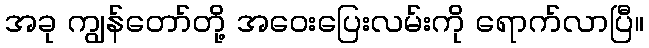
အခု ကျွန်တော်တို့ အဝေးပြေးလမ်းကို ရောက်လာပြီ။